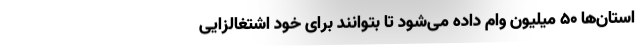
استان‌ها ۵۰ میلیون وام داده می‌شود تا بتوانند برای خود اشتغالزایی